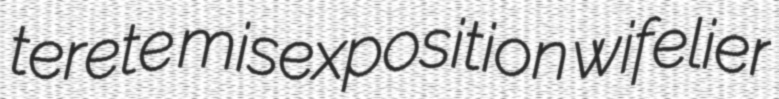
terete misexposition wifelier